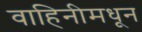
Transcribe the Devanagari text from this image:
वाहिनीमधून